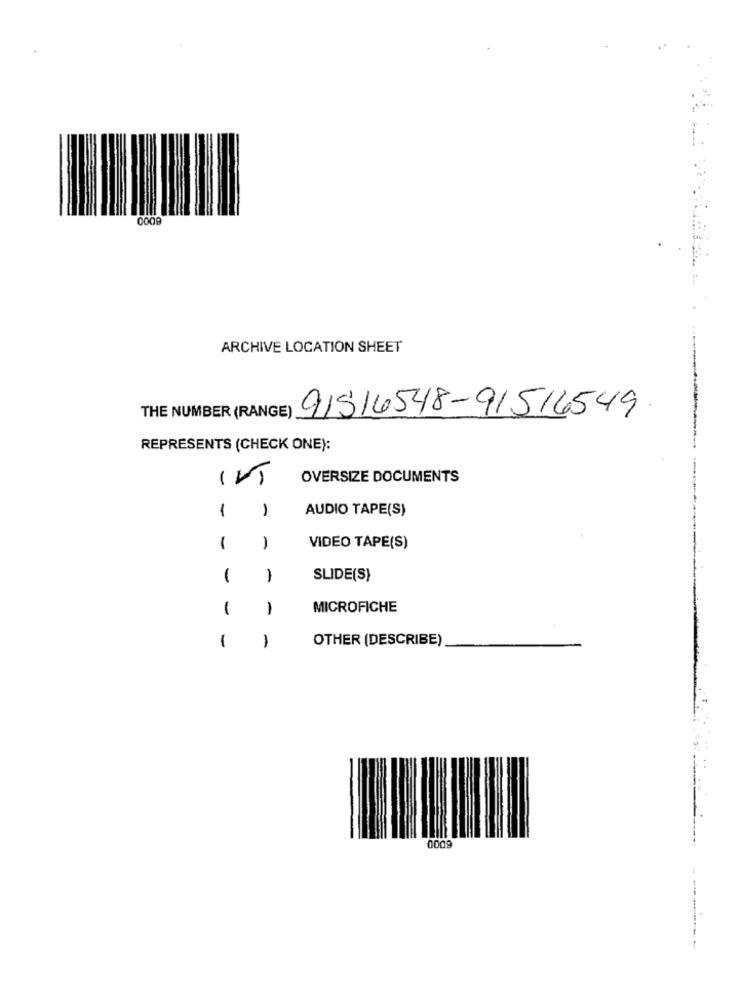
ARCHIVE LOCATION SHEET
THE NUMBER (RANGE)
91516548-91516549
REPRESENTS (CHECK ONE):
OVERSIZE DOCUMENTS
1
AUDIO TAPE(S)
-
1
-
VIDEO TAPE(S)
1
-
SLIDE(S)
1
-
MICROFICHE
1
OTHER (DESCRIBE)
-
0009